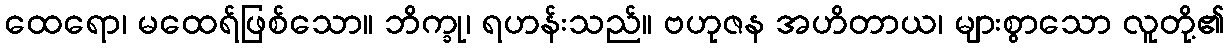
ထေရော၊ မထေရ်ဖြစ်သော။ ဘိက္ခု၊ ရဟန်းသည်။ ဗဟုဇန အဟိတာယ၊ များစွာသော လူတို့၏